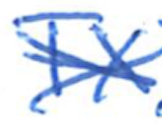
Text: FX
Cross-out: cross
Writing tool: ballpoint